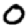
Digit: 0